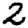
Digit: 2